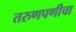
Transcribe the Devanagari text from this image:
तरुणपणीचा